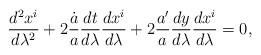
LaTeX: \begin{align*}{{d^2x^i}\over{d\lambda^2}}+2{\dot{a}\over a}{{dt}\over{d\lambda}}{{dx^i}\over{d\lambda}}+2{a^{\prime}\over a}{{dy}\over{d\lambda}}{{dx^i}\over{d\lambda}}=0,\end{align*}